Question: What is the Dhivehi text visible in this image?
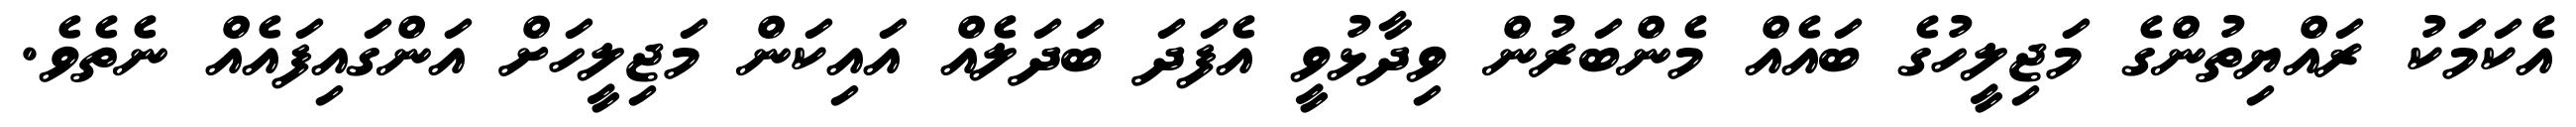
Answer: އެކަމަކު ރައްޔިތުންގެ މަޖިލީހުގެ ބައެއް މެންބަރުން ވިދާޅުވީ އެފަދަ ބަދަލެއް އައިކަން މަޖިލީހަށް އަންގައިފައެއް ނެތެވެ.